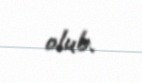
olub.